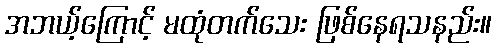
အဘယ့်ကြောင့် မထုံတက်သေး ဖြစ်နေရသနည်း။